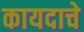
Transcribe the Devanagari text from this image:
कायदाचे